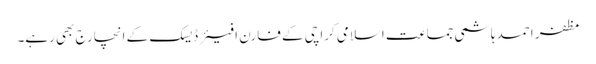
مظفر احمد ہاشمی جماعت اسلامی کراچی کے فارن افیئر ڈیسک کے انچارج بھی رہے۔